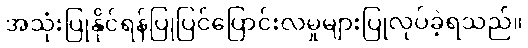
အသုံးပြုနိုင်ရန်ပြုပြင်ပြောင်းလဲမှုများပြုလုပ်ခဲ့ရသည်။